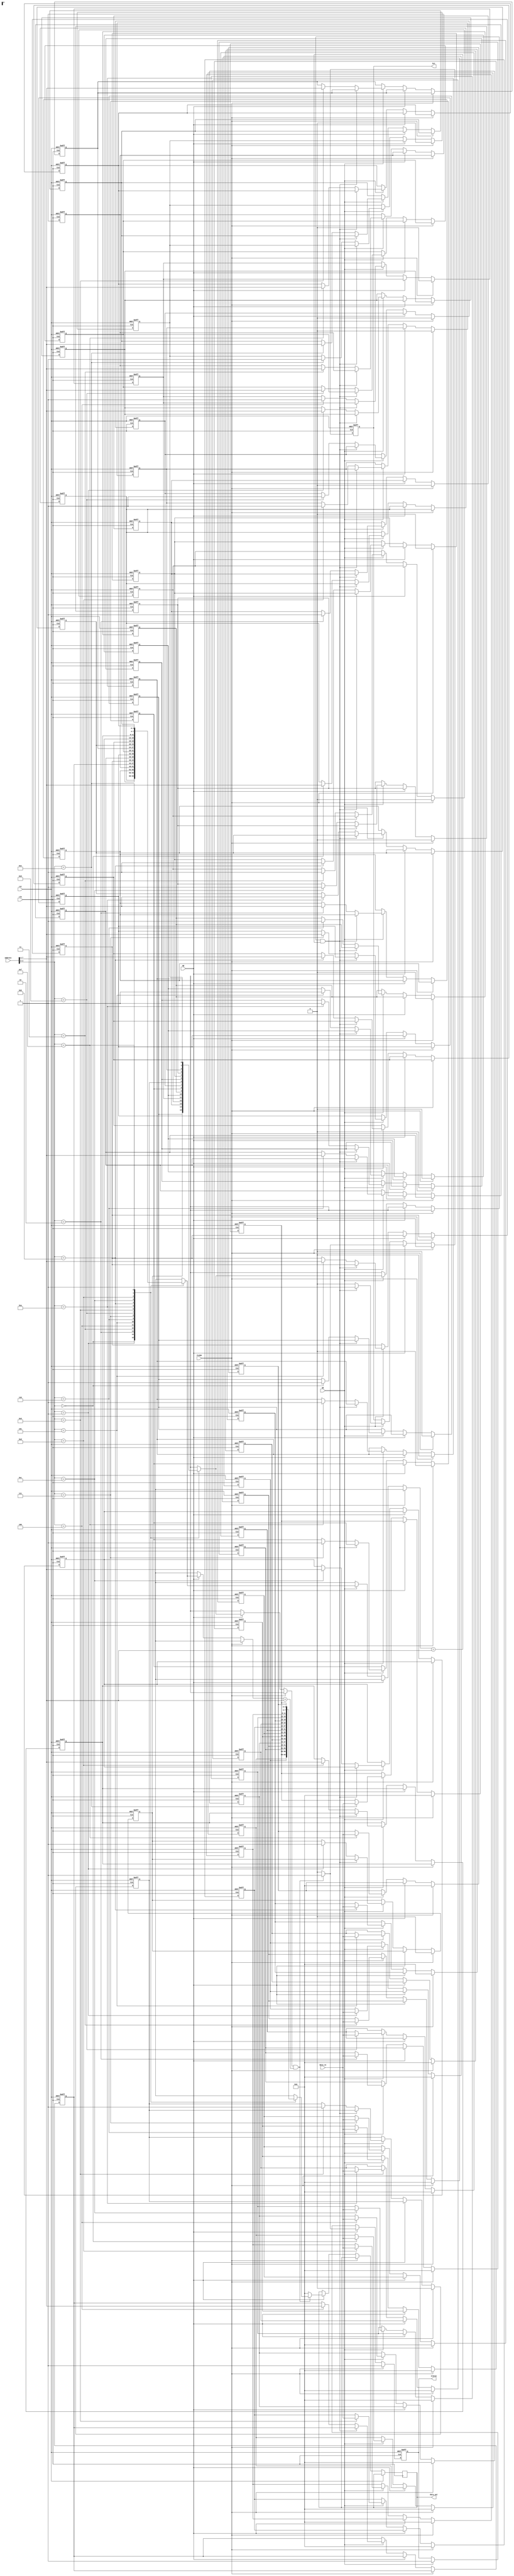
module SoftwareCache #(
    parameter CACHE_SIZE = 16,       // Number of cache lines
    parameter LINE_SIZE = 4,          // Bytes per line
    parameter ADDR_WIDTH = 8           // Address width
)(
    input wire clk,
    input wire rst,
    input wire [ADDR_WIDTH-1:0] address,
    input wire [LINE_SIZE-1:0] data_in,
    input wire RE,                // Read Enable
    input wire WE,                // Write Enable
    input wire FLUSH,             // Flush Cache
    output reg [LINE_SIZE-1:0] data_out,
    output reg hit,               // Hit/Miss Indicator
    output reg status             // Status signal
);

    localparam INDEX_WIDTH = $clog2(CACHE_SIZE);
    localparam TAG_WIDTH = ADDR_WIDTH - INDEX_WIDTH;

    // Cache line structure
    reg valid [0:CACHE_SIZE-1];
    reg dirty [0:CACHE_SIZE-1];
    reg [TAG_WIDTH-1:0] tag [0:CACHE_SIZE-1];
    reg [LINE_SIZE-1:0] data [0:CACHE_SIZE-1];

    wire [INDEX_WIDTH-1:0] index = address[INDEX_WIDTH-1:0];
    wire [TAG_WIDTH-1:0] tag_in = address[ADDR_WIDTH-1:INDEX_WIDTH];

    integer i;

    always @(posedge clk or posedge rst) begin
        if (rst) begin
            // Initialize cache on reset
            for (i = 0; i < CACHE_SIZE; i = i + 1) begin
                valid[i] <= 0;
                dirty[i] <= 0;
                tag[i] <= 0;
                data[i] <= 0;
            end
            hit <= 0;
            status <= 0;
        end else if (FLUSH) begin
            // Flush all cache lines
            for (i = 0; i < CACHE_SIZE; i = i + 1) begin
                valid[i] <= 0;
                dirty[i] <= 0;
                data[i] <= 0;
            end
            hit <= 0;
            status <= 1; // Indicate flush operation successful
        end else if (RE) begin
            // Read operation
            if (valid[index] && (tag[index] == tag_in)) begin
                // Cache hit
                data_out <= data[index];
                hit <= 1;
                status <= 1; // Successful read
            end else begin
                // Cache miss
                data_out <= 0; // Placeholder for main memory fetch
                hit <= 0;
                status <= 0; // Indicate cache miss
            end
        end else if (WE) begin
            // Write operation
            if (valid[index] && (tag[index] == tag_in)) begin
                // Cache hit
                data[index] <= data_in;
                dirty[index] <= 1; // Mark as dirty
                hit <= 1;
                status <= 1; // Successful write
            end else begin
                // Cache miss (would need to fetch from memory)
                // For simplicity, we will just write the new data to cache
                tag[index] <= tag_in;
                valid[index] <= 1; // Mark as valid
                data[index] <= data_in;
                dirty[index] <= 1; // Mark as dirty
                hit <= 0;
                status <= 1; // Successful write (miss handled)
            end
        end
    end
endmodule